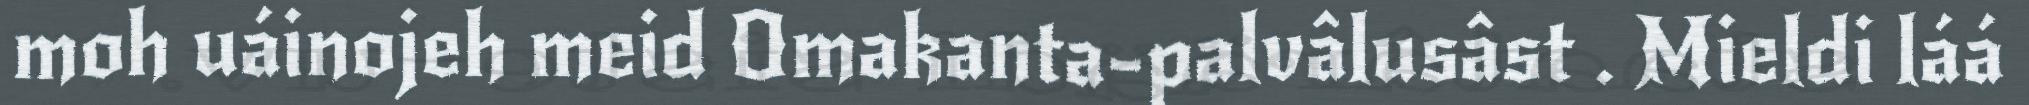
moh uáinojeh meid Omakanta-palvâlusâst . Mieldi láá